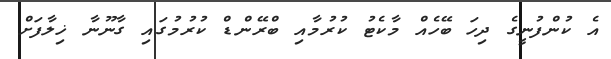
އެ ކުންފުނީގެ ދިހަ ބޭހެއް މާކެޓު ކުރުމާއި ބްރޭންޑް ކުރުމުގައި ގާނޫނާ ޚިލާފަށް